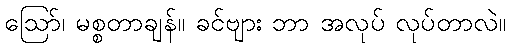
ဩော်၊ မစ္စတာချန်။ ခင်ဗျား ဘာ အလုပ် လုပ်တာလဲ။